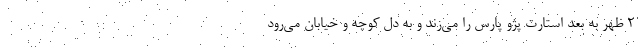
۲ ظهر به بعد استارت پژو پارس را می‌زند و به دل کوچه و خیابان می‌رود